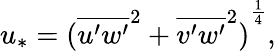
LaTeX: u_{*}={({\overline{{u^{\prime}w^{\prime}}}}^{2}+{\overline{{v^{\prime}w^{\prime}}}}^{2})}^{\frac{1}{4}},